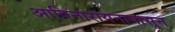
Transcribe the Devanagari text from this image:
आदिनारायनापासून